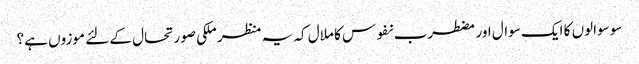
سو سوالوں کا ایک سوال اور مضطرب نفوس کا ملال کہ یہ منظر ملکی صورتحال کے لئے موزوں ہے؟